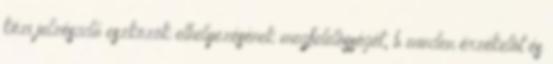
kézi jelzésadó eszközök elhelyezésének megfelelõsségét, b minden érzékelõt és